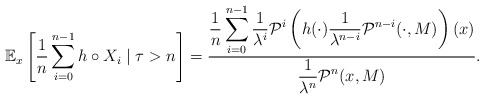
\begin{align*} \mathbb E_x\left[\frac{1}{n} \sum_{i=0}^{n-1}h\circ X_i \mid \tau > n\right] = \frac{\displaystyle \frac{1}{n}\sum_{i=0}^{n-1} \frac{1}{\lambda^i}\mathcal P^i\left(h(\cdot) \frac{1}{\lambda^{n-i}}\mathcal P^{n-i}(\cdot,M) \right)(x)}{\displaystyle \frac{1}{\lambda^n} \mathcal P^n(x,M)}. \end{align*}